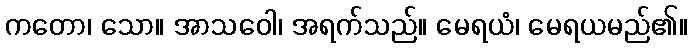
ကတော၊ သော။ အာသဝေါ၊ အရက်သည်။ မေရယံ၊ မေရယမည်၏။